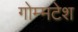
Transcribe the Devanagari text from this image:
गोम्मटेश